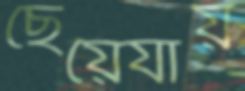
ছেয়েযায়